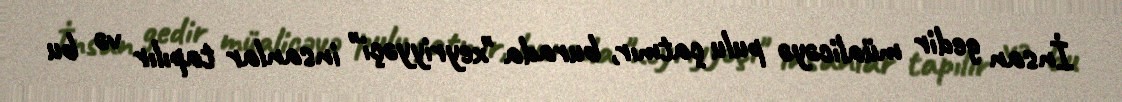
İnsan gedir müalicəyə pulu çatmır, burada "xeyriyyəçi" insanlar tapılır və bu